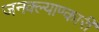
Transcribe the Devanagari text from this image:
जनक्ल्याण्कारी